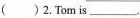
( ) 2.Tom is___.